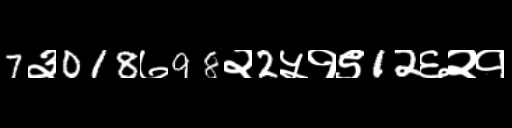
Text: 7३018७98२2५१९12६२१